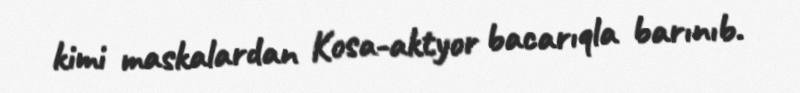
kimi maskalardan Kosa-aktyor bacarıqla barınıb.